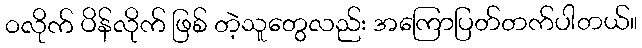
၀လိုက် ပိန်လိုက် ဖြစ် တဲ့သူတွေလည်း အကြောပြတ်တက်ပါတယ်။